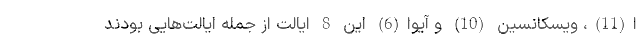
ا(11)، ویسکانسین (10) و آیوا(6) این 8 ایالت از جمله ایالت‌هایی بودند